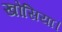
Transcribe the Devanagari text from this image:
खोसिया।